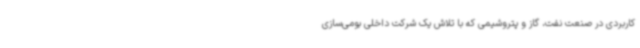
کاربردی در صنعت نفت، گاز و پتروشیمی که با تلاش یک شرکت داخلی بومی‌سازی